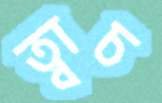
ত্বাচ